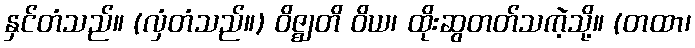
နှင်တံသည်။ (လှံတံသည်။) ဝိဇ္ဈတိ ဝိယ၊ ထိုးဆွတတ်သကဲ့သို့။ (တထာ၊